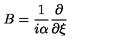
B = \frac { 1 } { i \alpha } \frac { \partial } { \partial \xi }